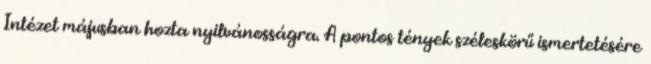
Intézet májusban hozta nyilvánosságra. A pontos tények széleskörű ismertetésére